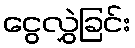
ငွေလွှဲခြင်း